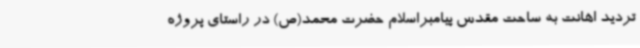
تردید اهانت به ساحت مقدس پیامبراسلام حضرت محمد(ص) در راستای پروژه